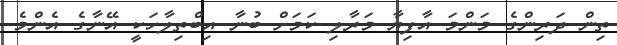
ތިން ދަރިންގެ މަންމަ އާފިޔާ މަރާލި ކަމަށް ބުނާ އިބްތިލާހަކީ އޭނާގެ އެންމެ